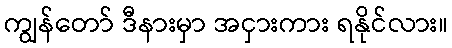
ကျွန်တော် ဒီနားမှာ အငှားကား ရနိုင်လား။